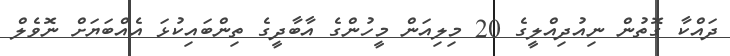
ދައްކާ ގޮތުން ނިއުދިއްލީގެ 20 މިލިއަން މީހުންގެ އާބާދީގެ ތިންބައިކުޅަ އެއްބަޔަށް ނޮވެލް